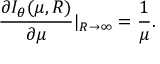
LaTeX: \frac { \partial I _ { \theta } ( \mu , R ) } { \partial \mu } | _ { R \rightarrow \infty } = \frac { 1 } { \mu } .